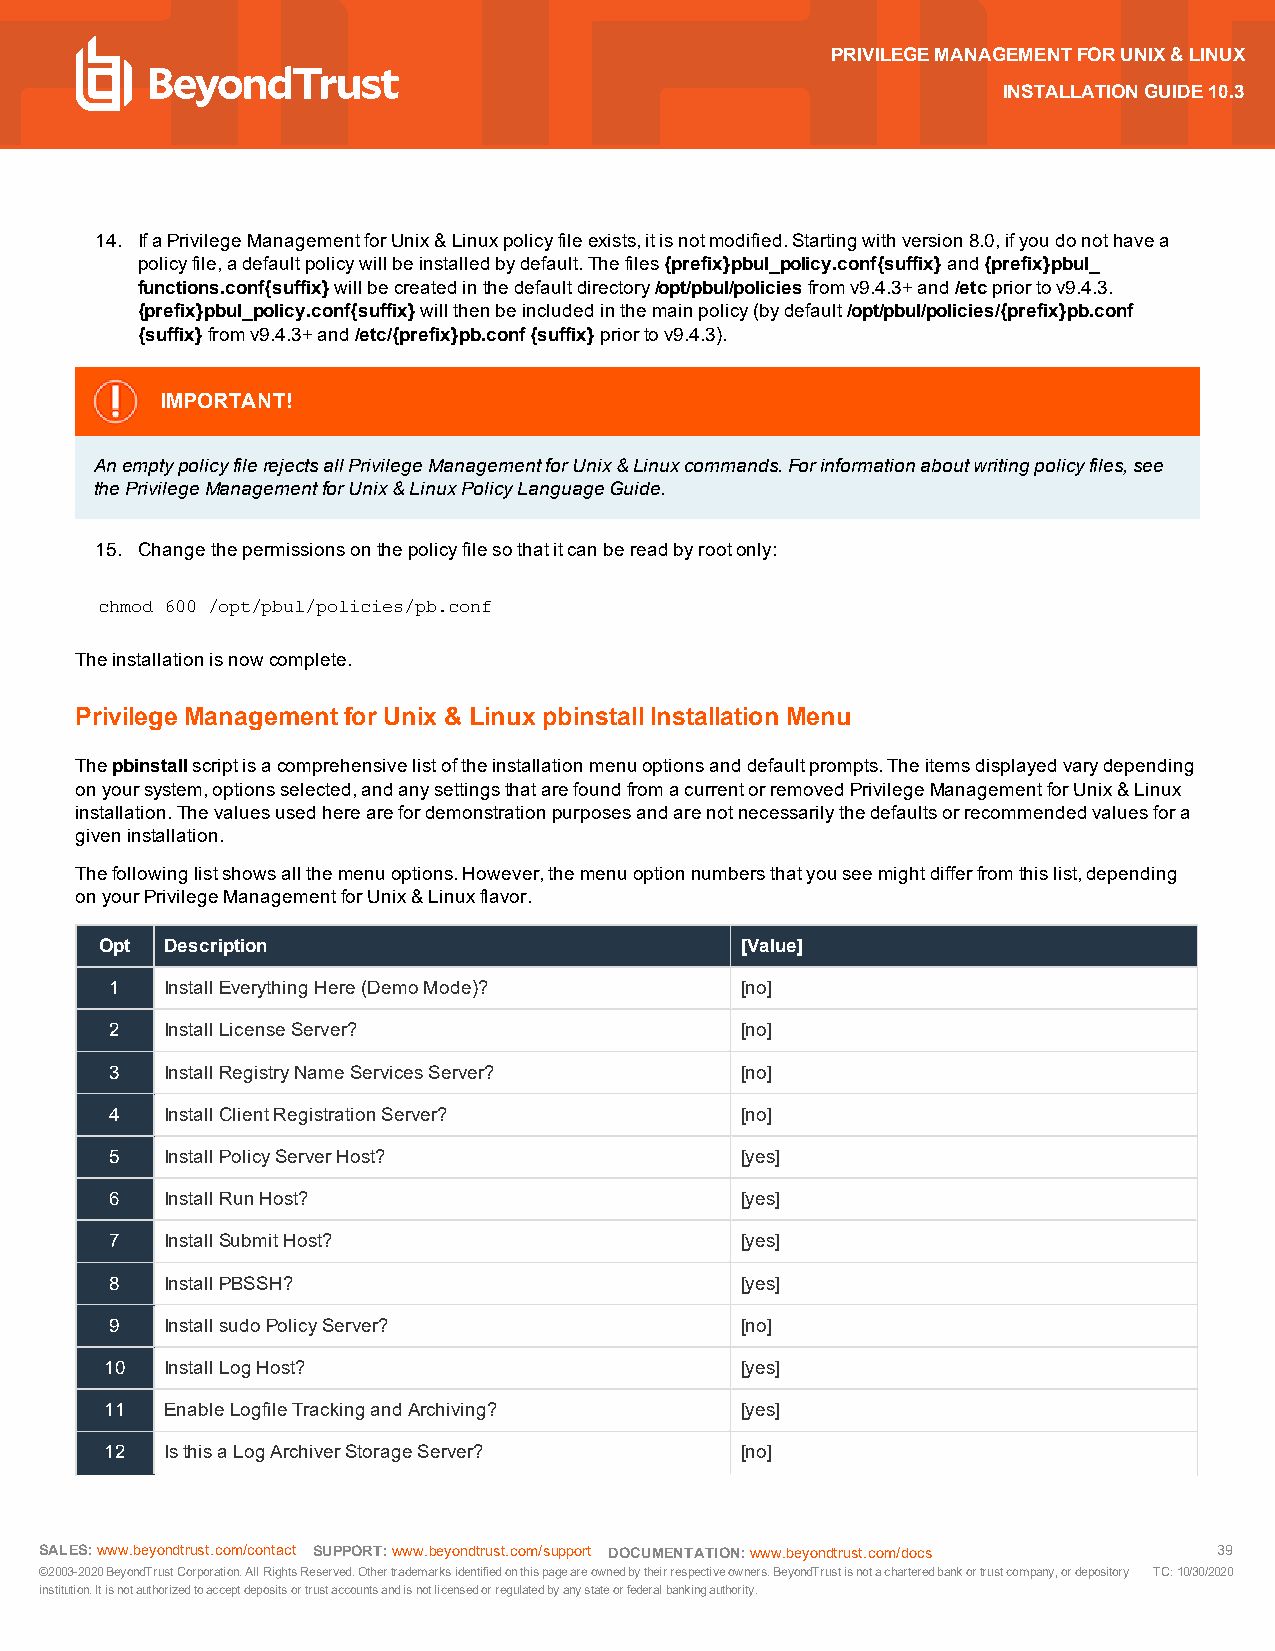
PRIVILEGEMANAGEMENTFORUNIX&LINUX
 INSTALLATIONGUIDE10.3
 14. IfaPrivilegeManagementforUnix&Linuxpolicyfileexists,itisnotmodified.Startingwithversion8.0,ifyoudonothavea
 policyfile,adefaultpolicywillbeinstalledbydefault.Thefiles{prefix}pbul_policy.conf{suffix}and{prefix}pbul_
 functions.conf{suffix}willbecreatedinthedefaultdirectory/opt/pbul/policiesfromv9.4.3+and/etcpriortov9.4.3.
 {prefix}pbul_policy.conf{suffix}willthenbeincludedinthemainpolicy(bydefault/opt/pbul/policies/{prefix}pb.conf
 {suffix}fromv9.4.3+and/etc/{prefix}pb.conf{suffix}priortov9.4.3).
 IMPORTANT!
 AnemptypolicyfilerejectsallPrivilegeManagementforUnix&Linuxcommands.Forinformationaboutwritingpolicyfiles,see
 thePrivilegeManagementforUnix&LinuxPolicyLanguageGuide.
 15. Changethepermissionsonthepolicyfilesothatitcanbereadbyrootonly:
 chmod 600 /opt/pbul/policies/pb.conf
 Theinstallationisnowcomplete.
 Privilege ManagementforUnix & Linux pbinstallInstallation Menu
 Thepbinstallscriptisacomprehensivelistoftheinstallationmenuoptionsanddefaultprompts.Theitemsdisplayedvarydepending
 onyoursystem,optionsselected,andanysettingsthatarefoundfromacurrentorremovedPrivilegeManagementforUnix&Linux
 installation.Thevaluesusedherearefordemonstrationpurposesandarenotnecessarilythedefaultsorrecommendedvaluesfora
 giveninstallation.
 Thefollowinglistshowsallthemenuoptions.However,themenuoptionnumbersthatyouseemightdifferfromthislist,depending
 onyourPrivilegeManagementforUnix&Linuxflavor.
 Opt Description                           [Value]
 1   InstallEverythingHere(DemoMode)?      [no]
 2   InstallLicenseServer?                 [no]
 3   InstallRegistryNameServicesServer?    [no]
 4   InstallClientRegistrationServer?      [no]
 5   InstallPolicyServerHost?              [yes]
 6   InstallRunHost?                       [yes]
 7   InstallSubmitHost?                    [yes]
 8   InstallPBSSH?                         [yes]
 9   InstallsudoPolicyServer?              [no]
 10  InstallLogHost?                       [yes]
 11  EnableLogfileTrackingandArchiving?    [yes]
 12  IsthisaLogArchiverStorageServer?      [no]
 SALES:www.beyondtrust.com/contact SUPPORT:www.beyondtrust.com/support DOCUMENTATION:www.beyondtrust.com/docs 39
 ©2003-2020BeyondTrustCorporation.AllRightsReserved.Othertrademarksidentifiedonthispageareownedbytheirrespectiveowners.BeyondTrustisnotacharteredbankortrustcompany,ordepository TC:10/30/2020
 institution.Itisnotauthorizedtoacceptdepositsortrustaccountsandisnotlicensedorregulatedbyanystateorfederalbankingauthority.